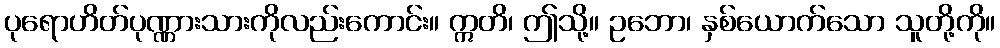
ပုရောဟိတ်ပုဏ္ဏားသားကိုလည်းကောင်း။ ဣတိ၊ ဤသို့။ ဥဘော၊ နှစ်ယောက်သော သူတို့ကို။